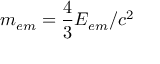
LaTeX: m _ { e m } = { \frac { 4 } { 3 } } E _ { e m } / c ^ { 2 }